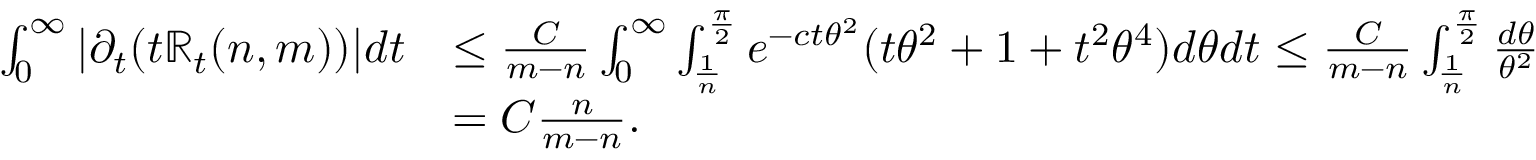
\begin{array} { r l } { \int _ { 0 } ^ { \infty } | \partial _ { t } ( t \mathbb { R } _ { t } ( n , m ) ) | d t } & { \le \frac { C } { m - n } \int _ { 0 } ^ { \infty } \int _ { \frac { 1 } { n } } ^ { \frac { \pi } { 2 } } e ^ { - c t \theta ^ { 2 } } ( t \theta ^ { 2 } + 1 + t ^ { 2 } \theta ^ { 4 } ) d \theta d t \le \frac { C } { m - n } \int _ { \frac { 1 } { n } } ^ { \frac { \pi } { 2 } } \frac { d \theta } { \theta ^ { 2 } } } \\ & { = C \frac { n } { m - n } . } \end{array}